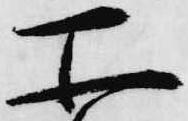
所